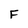
Character: F